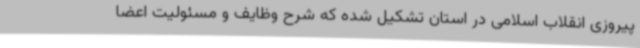
پیروزی انقلاب اسلامی در استان تشکیل شده که شرح وظایف و مسئولیت اعضا